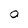
Character: O